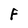
Character: F